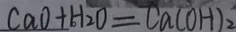
C a O + H _ { 2 } O = C a ( O H ) _ { 2 }